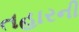
તહારની